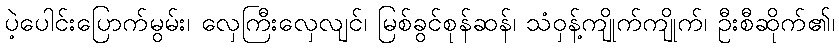
ပဲ့ပေါင်းပြောက်မွမ်း၊ လှေကြီးလှေလျင်၊ မြစ်ခွင်စုန်ဆန်၊ သံဝှန့်ကျိုက်ကျိုက်၊ ဦးစီဆိုက်၏၊